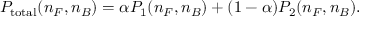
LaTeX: P _ { \mathrm { t o t a l } } ( n _ { F } , n _ { B } ) = \alpha P _ { 1 } ( n _ { F } , n _ { B } ) + ( 1 - \alpha ) P _ { 2 } ( n _ { F } , n _ { B } ) .